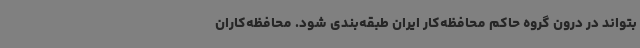
بتواند در درون گروه حاکم محافظه‌کار ایران طبقه‌بندی شود. محافظه‌کاران